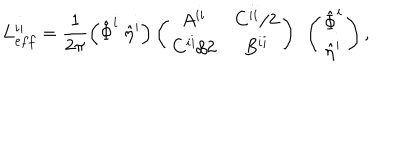
LaTeX: L _ { e f f } ^ { i i } = \frac { 1 } { 2 \pi } \left( \hat { \Phi } ^ { i } ~ \hat { \eta } ^ { i } \right) \left( \begin{array} { c c } { { A ^ { i i } } } & { { C ^ { i i } / 2 } } \\ { { C ^ { i i } / 2 } } & { { B ^ { i i } } } \\ \end{array} \right) ~ \left( \begin{array} { c } { { \hat { \Phi } ^ { i } } } \\ { { \hat { \eta } ^ { i } } } \\ \end{array} \right) ,